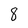
Character: 8